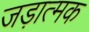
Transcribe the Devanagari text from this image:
जड़ात्मक